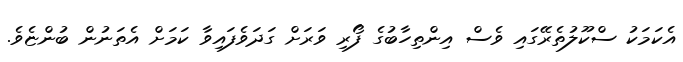
އެކަމަކު ސްކޫލުތެރޭގައި ވެސް އިންތިހާބުގެ ފޯރި ވަރަށް ގަދަވެފައިވާ ކަމަށް އެތަނުން ބުންޏެވެ.